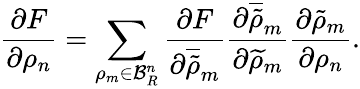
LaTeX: \frac{\partial F}{\partial\rho_{n}}=\sum_{\rho_{m}\in\mathcal{B}_{R}^{n}}\frac{\partial F}{\partial\overline{{\tilde{\rho}}}_{m}}\frac{\partial\overline{{\tilde{\rho}}}_{m}}{\partial\widetilde{\rho}_{m}}\frac{\partial\tilde{\rho}_{m}}{\partial\rho_{n}}.